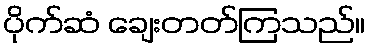
ပိုက်ဆံ ချေးတတ်ကြသည်။